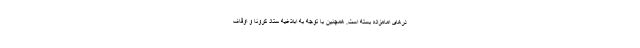
درهای امامزاده بسته است. همچنین با توجه به ابلاغیه ستاد کرونا و اوقاف